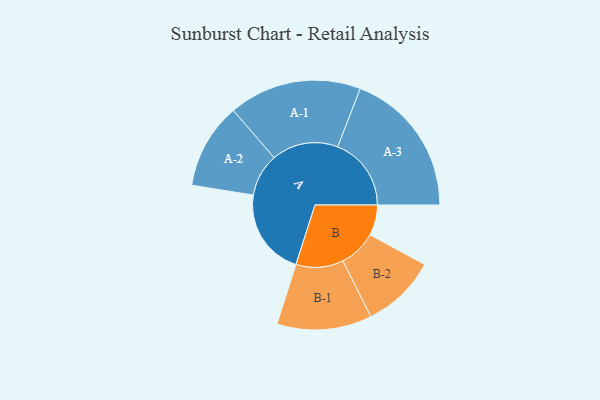
{"axis": {"x": "Segment", "y": "Value"}, "legend": ["", "A", "B"], "data": [{"x": "A", "y": 303, "type": ""}, {"x": "B", "y": 106, "type": ""}, {"x": "A-1", "y": 231, "type": "A"}, {"x": "A-2", "y": 149, "type": "A"}, {"x": "A-3", "y": 256, "type": "A"}, {"x": "B-1", "y": 165, "type": "B"}, {"x": "B-2", "y": 130, "type": "B"}]}